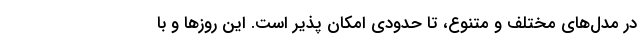
در مدل‌های مختلف و متنوع، تا حدودی امکان پذیر است. این روزها و با